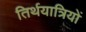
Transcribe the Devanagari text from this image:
तिर्थयात्रियों